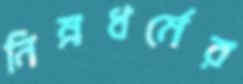
নিম্নধর্মের